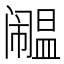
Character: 𫔹